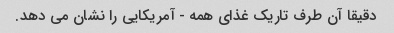
دقیقا آن طرف تاریک غذای همه - آمریکایی را نشان می دهد.